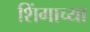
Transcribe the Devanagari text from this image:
शिंगाच्या